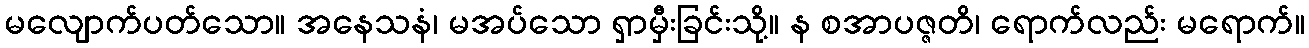
မလျောက်ပတ်သော။ အနေသနံ၊ မအပ်သော ရှာမှီးခြင်းသို့။ န စအာပဇ္ဇတိ၊ ရောက်လည်း မရောက်။